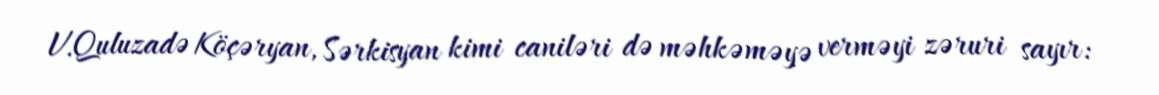
V.Quluzadə Köçəryan, Sərkisyan kimi caniləri də məhkəməyə verməyi zəruri sayır: